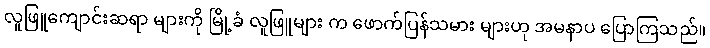
လူဖြူကျောင်းဆရာ များကို မြို့ခံ လူဖြူများ က ဖောက်ပြန်သမား များဟု အမနာပ ပြောကြသည်။